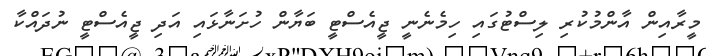
މީރާއިން އާންމުކުރި ލިސްޓުގައި ހިމެނެނީ ޖީއެސްޓީ ބަޔާން ހުށަނާޅައި އަދި ޖީއެސްޓީ ނުދައްކާ